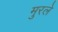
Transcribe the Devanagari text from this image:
मुरले